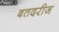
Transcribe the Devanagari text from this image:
बतदरीज